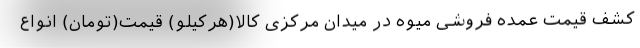
کشف قیمت عمده فروشی میوه در میدان مرکزی کالا(هرکیلو) قیمت(تومان) انواع